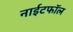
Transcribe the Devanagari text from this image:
नाईटफाॅल